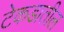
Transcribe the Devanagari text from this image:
टेकडातील